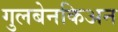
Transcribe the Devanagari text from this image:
गुलबेनकिअन